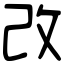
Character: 改